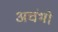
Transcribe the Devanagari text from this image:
अचंभो